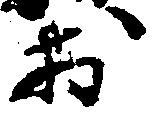
お